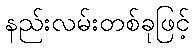
နည်းလမ်းတစ်ခုဖြင့်